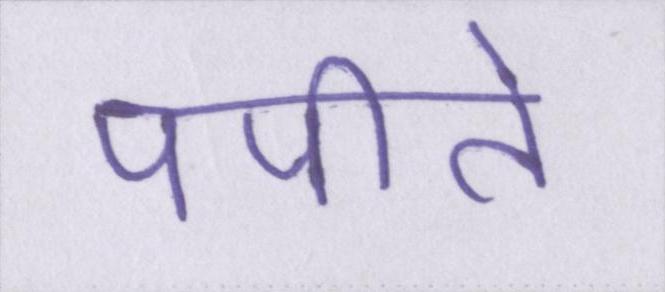
पपीते